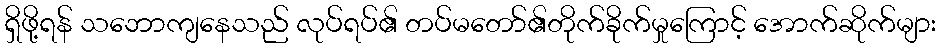
ရှိဖို့ရန် သဘောကျနေသည် လုပ်ရပ်၏ တပ်မတော်၏တိုက်ခိုက်မှုကြောင့် အောက်ဆိုက်များ